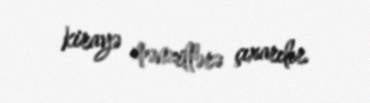
kirayə mənzillərə çıxarılır.